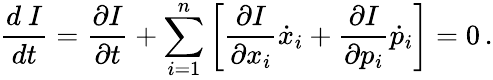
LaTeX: \frac{d\mathrm{~}I}{dt}=\frac{\partial I}{\partial t}+\sum_{i=1}^{n}\bigg[\frac{\partial I}{\partial x_{i}}\dot{x}_{i}+\frac{\partial I}{\partial p_{i}}\dot{p}_{i}\bigg]=0\, .